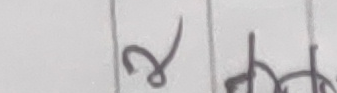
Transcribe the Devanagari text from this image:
२